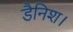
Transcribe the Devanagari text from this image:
डैनिश।